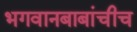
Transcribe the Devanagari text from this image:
भगवानबाबांचीच